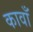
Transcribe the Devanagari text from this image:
कावाँ